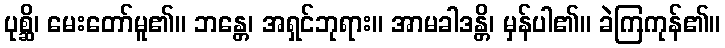
ပုစ္ဆိ၊ မေးတော်မူ၏။ ဘန္တေ၊ အရှင်ဘုရား။ အာမခါဒန္တိ၊ မှန်ပါ၏။ ခဲကြကုန်၏။